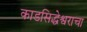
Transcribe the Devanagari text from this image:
काडसिद्धेश्वराचा